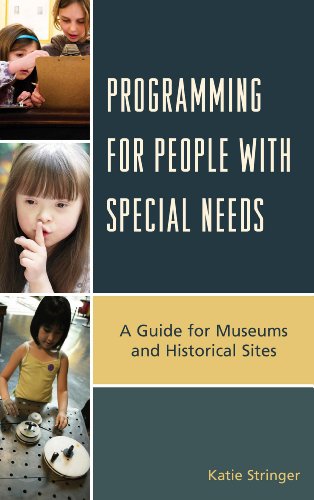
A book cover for Programming for People with Special Needs: A Guide for Museums and Historic Sites (American Association for State and Local History); Katie Stringer; Business & Money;